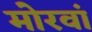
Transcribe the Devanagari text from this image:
मोरवां